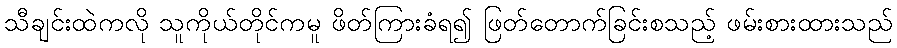
သီချင်းထဲကလို သူကိုယ်တိုင်ကမူ ဖိတ်ကြားခံရ၍ ဖြတ်တောက်ခြင်းစသည့် ဖမ်းစားထားသည်